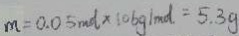
m = 0 . 0 5 m o l \times 1 0 6 g / m o l = 5 . 3 g